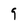
Character: 9